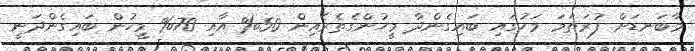
މާބަނޑަށް ފުރަތަމަ މަހުގައި ބައިގެންދާ މީހުންގެތެރެއިން 50% އާއި 70% މީހުން ބައިގެންދަނީ